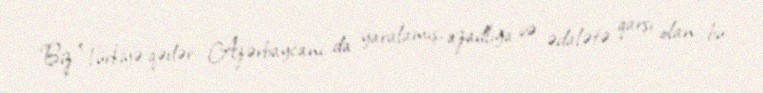
Biz Türkiyə qədər Azərbaycanı da yaralamış, azadlığa və ədalətə qarşı olan bu